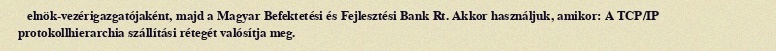
elnök-vezérigazgatójaként, majd a Magyar Befektetési és Fejlesztési Bank Rt. Akkor használjuk, amikor: A TCP/IP protokollhierarchia szállítási rétegét valósítja meg.